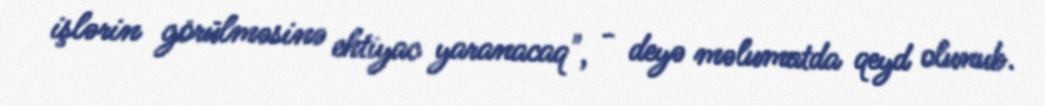
işlərin görülməsinə ehtiyac yaranacaq", - deyə məlumatda qeyd olunub.